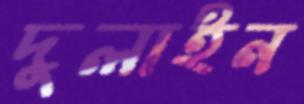
দুলাইন